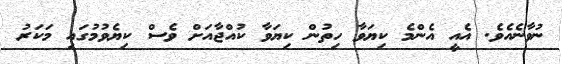
ނުވާނެއެވެ. އެއީ އެންމެ ކިޔަވާ ހިތުން ކިޔަވާ ކުއްޖާއަށް ވެސް ކިޔެވުމުގައި މަކަރު